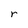
Character: r